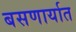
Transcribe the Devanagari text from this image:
बसणार्यात